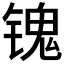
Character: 𲈔